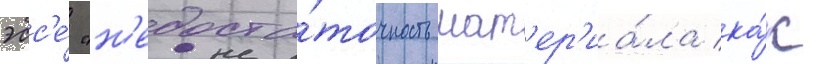
эсс'е́ "н'едоста́точность мат'ер'иа́ла ка́к